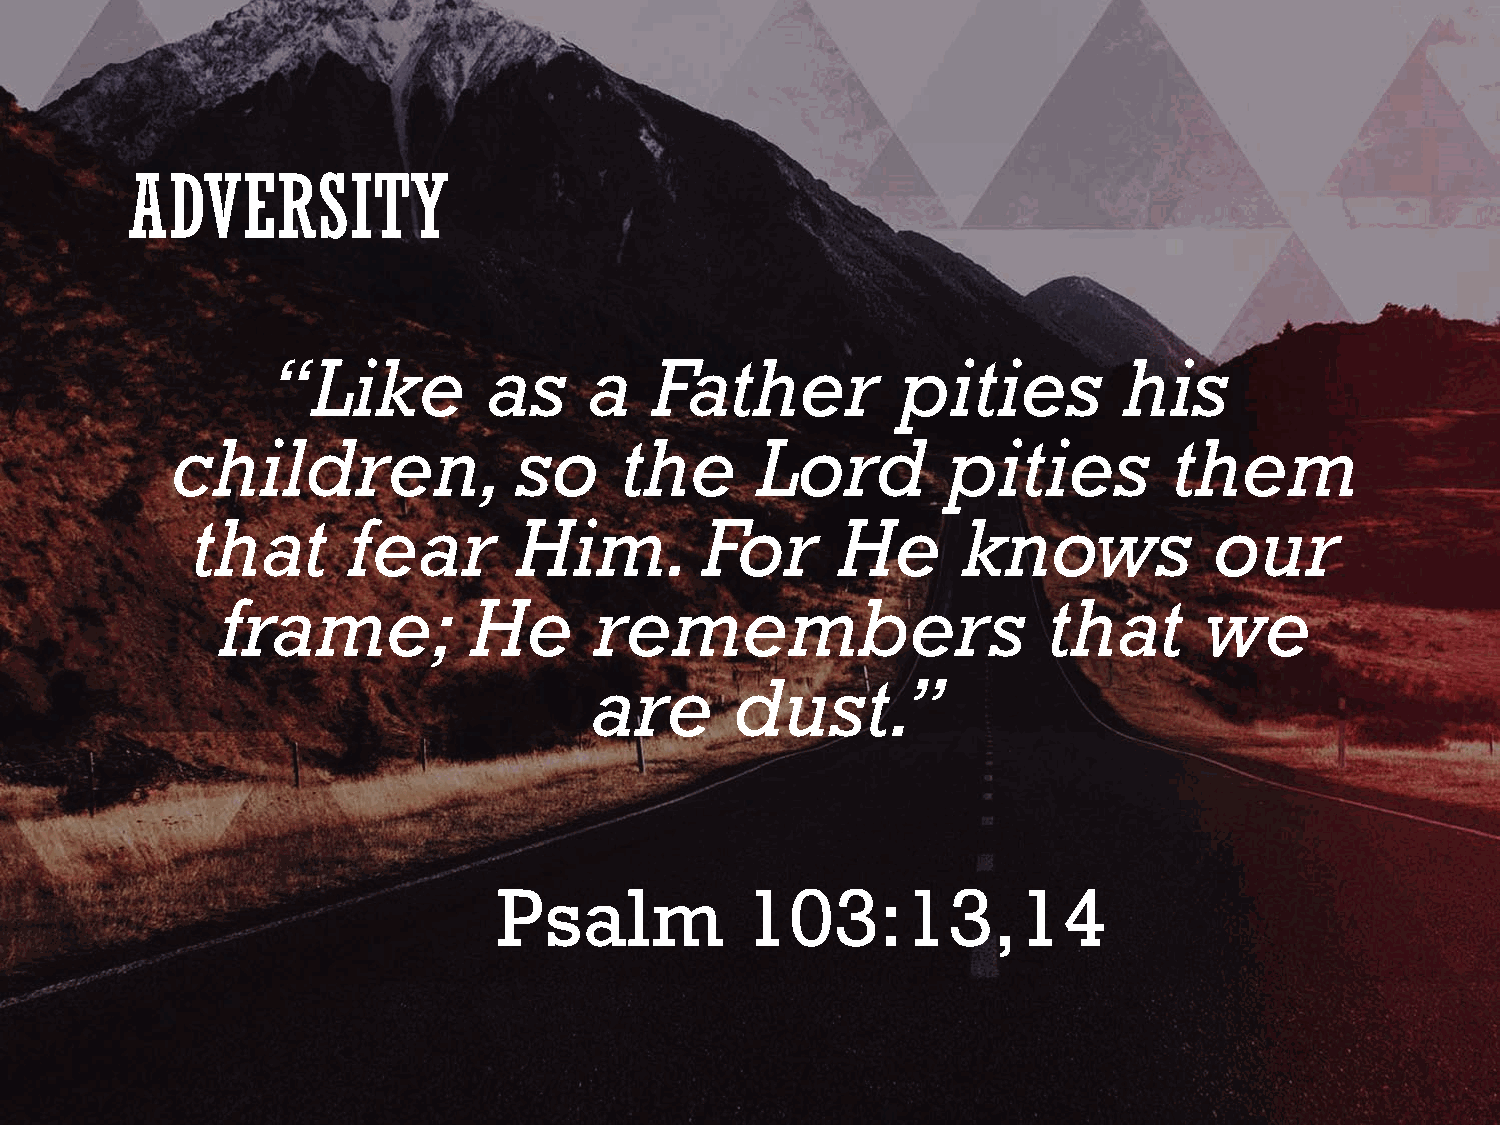
ADVERSITY
 “Like         as     a   Father           pities        his
 children,              so     the      Lord         pities         them
 that      fear       Him.         For      He      knows           our
 frame;          He      remembers                     that       we
 are       dust.”
 Psalm           103:13,14